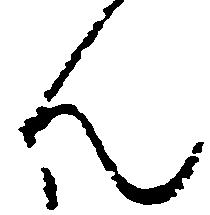
ん